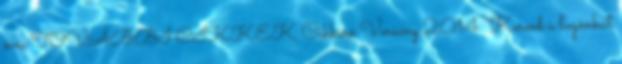
éves TOVÁBBI CIKKEK Cikkíró Verseny 2014 “Keresd a logónkat